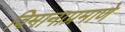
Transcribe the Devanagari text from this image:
विमानाप्रमाणे